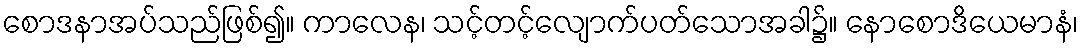
စောဒနာအပ်သည်ဖြစ်၍။ ကာလေန၊ သင့်တင့်လျောက်ပတ်သောအခါ၌။ နောစောဒိယေမာနံ၊